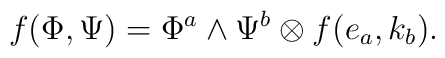
f(\Phi,\Psi)=\Phi^a\wedge \Psi^b\otimes f(e_a,k_b).